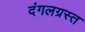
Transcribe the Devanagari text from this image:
दंगलग्रस्त